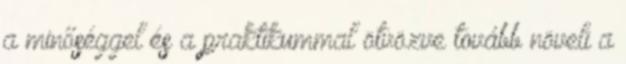
a minőséggel és a praktikummal ötvözve tovább növeli a